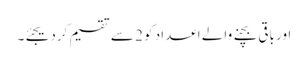
اور باقی بچنے والے اعداد کو 2 سے تقسیم کردیجئے۔